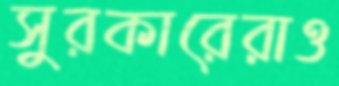
সুরকারেরাও